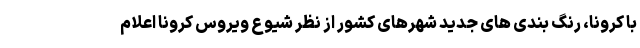
با کرونا، رنگ بندی های جدید شهرهای کشور از نظر شیوع ویروس کرونا اعلام